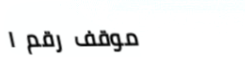
موقف رقم ١